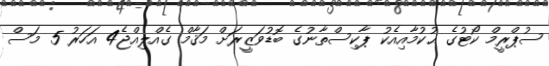
ސުޕްރީމް ކޯޓުގެ ޙުކުމާއިއެކު ޕާކިސްތާނުގެ ބޮޑުވަޒީރަށް މަޤާމް ގެއްލިއްޖެ4 އަހަރު 5 މަސް